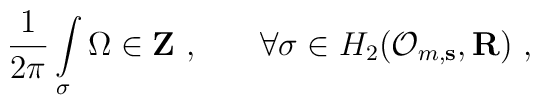
\frac 1{2\pi }\int\limits_\sigma \Omega \in {\bf Z\ ,\qquad }\forall \sigma \in H_2({\cal O}_{m,{\bf s}},{\bf R})\ ,